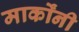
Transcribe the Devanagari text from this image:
मार्कोंनी